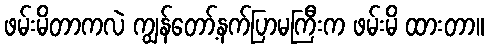
ဖမ်းမိတာကလဲ ကျွန်တော့်နက်ပြာမကြီးက ဖမ်းမိ ထားတာ။